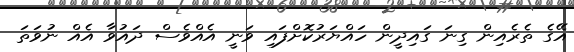
އޭގެ ތެރެއިން ގިނަ ގައިދީން ހައްޔަރުކޮށްފައި ވަނީ އެއްވެސް ދައުވާ އެއް ނުވަތަ